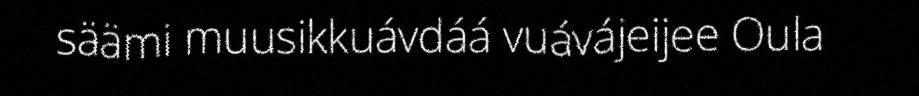
säämi muusikkuávdáá vuávájeijee Oula